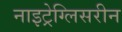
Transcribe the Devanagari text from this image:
नाइट्रेग्लिसरीन